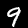
Label: 9